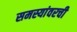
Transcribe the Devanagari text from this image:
समस्यांवरची